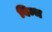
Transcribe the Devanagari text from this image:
बिम्भ